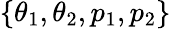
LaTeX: \{ \theta_{1},\theta_{2},p_{1},p_{2}\}